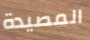
المصيدة